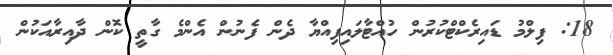
18: ފިލްމު ޑައިރެކްޓްކުރުން ހުއްޓާލައިފިއްޔާ ދެން ފެނުން އެންމެ ގާތީ ކޮން ދާއިރާއަކުން